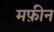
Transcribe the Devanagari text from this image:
मफ़ीन